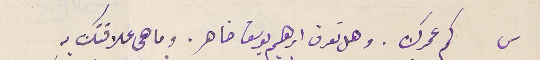
س كم عمرك. وهل تعرف ابرهيم يوسف ضاهر. وما هى علاقتك بهِ